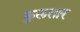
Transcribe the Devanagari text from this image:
कुलसार